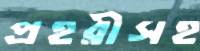
প্রহরীসহ